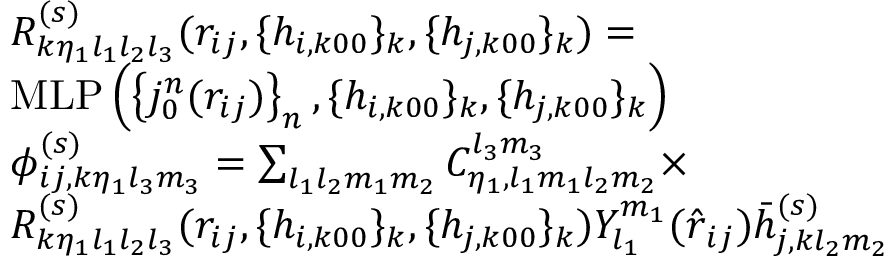
\begin{array} { r l } & { R _ { k \eta _ { 1 } l _ { 1 } l _ { 2 } l _ { 3 } } ^ { ( s ) } ( r _ { i j } , \{ h _ { i , k 0 0 } \} _ { k } , \{ h _ { j , k 0 0 } \} _ { k } ) = } \\ & { \mathrm { M L P } \left( \left\{ { j _ { 0 } ^ { n } } ( r _ { i j } ) \right\} _ { n } , \{ h _ { i , k 0 0 } \} _ { k } , \{ h _ { j , k 0 0 } \} _ { k } \right) } \\ & { \phi _ { i j , k \eta _ { 1 } l _ { 3 } m _ { 3 } } ^ { ( s ) } = \sum _ { l _ { 1 } l _ { 2 } m _ { 1 } m _ { 2 } } C _ { \eta _ { 1 } , l _ { 1 } m _ { 1 } l _ { 2 } m _ { 2 } } ^ { l _ { 3 } m _ { 3 } } \times } \\ & { R _ { k \eta _ { 1 } l _ { 1 } l _ { 2 } l _ { 3 } } ^ { ( s ) } ( r _ { i j } , \{ h _ { i , k 0 0 } \} _ { k } , \{ h _ { j , k 0 0 } \} _ { k } ) Y _ { l _ { 1 } } ^ { m _ { 1 } } ( \boldsymbol { \hat { r } } _ { i j } ) \bar { h } _ { j , k l _ { 2 } m _ { 2 } } ^ { ( s ) } } \end{array}